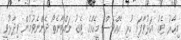
މިހާރު ޓެގު އަޅުވާފައި ހުރި އެއްވެސް މީހެއްގެ ޓެގު ނައްޓާނެތޯ ދެންނެވުމުން ވިދާޅުވީ